Annual report of the Punjab Veterinary College and of the Civil Veterinary Department, Punjab - 1926-1932
Year: 1926
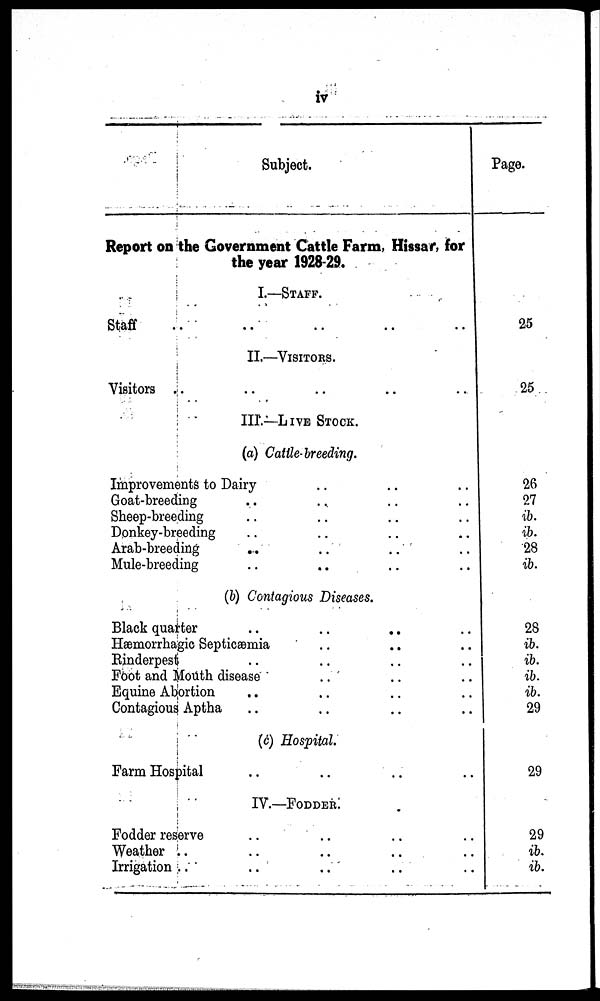
iv
Subject.
Report on the Government Cattle Farm, Hissar, for
the year 1928-29.
I.—STAFF.
Staff .. .. .. .. ..
II.—VISITORS.
Visitors .. .. .. .. ..
III.—LIVE STOCK
(a) Cattle-breeding.
Improvements to Dairy .. .. ..
Goat-breeding .. .. .. ..
Sheep-breeding .. .. .. ..
Donkey-breeding .. .. .. ..
Arab-breeding .. .. .. ..
Mule-breeding .. .. .. ..
(b) Contagious Diseases.
Black quarter .. .. .. ..
Hæmorrhagic Septicæmia .. .. ..
Rinderpest .. .. .. ..
Foot and Mouth disease .. .. .. ..
Equine Abortion .. .. .. ..
Contagious Aptha .. .. .. ..
(c) Hospital.
Farm Hospital .. .. ..
IV.—FODDER
Fodder reserve .. .. .. ..
Weather .. .. .. ..
Irrigation .. .. .. .. ..
Page.
25
25
26
27
ib.
ib.
28
ib.
28
ib.
ib.
ib.
ib.
29
29
29
ib.
ib.